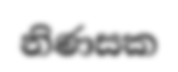
නිණසක